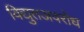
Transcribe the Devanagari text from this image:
विद्युतअवरोध